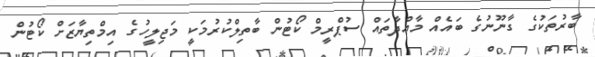
ބާރުތަކުގެ ގާނޫނުގެ ބައެއް މާއްދާތައް ސުޕްރީމް ކޯޓުން ބާތިލްކުރުމަކީ މަޖިލީހުގެ އިމްތިޔާޒަށް ކޯޓުން